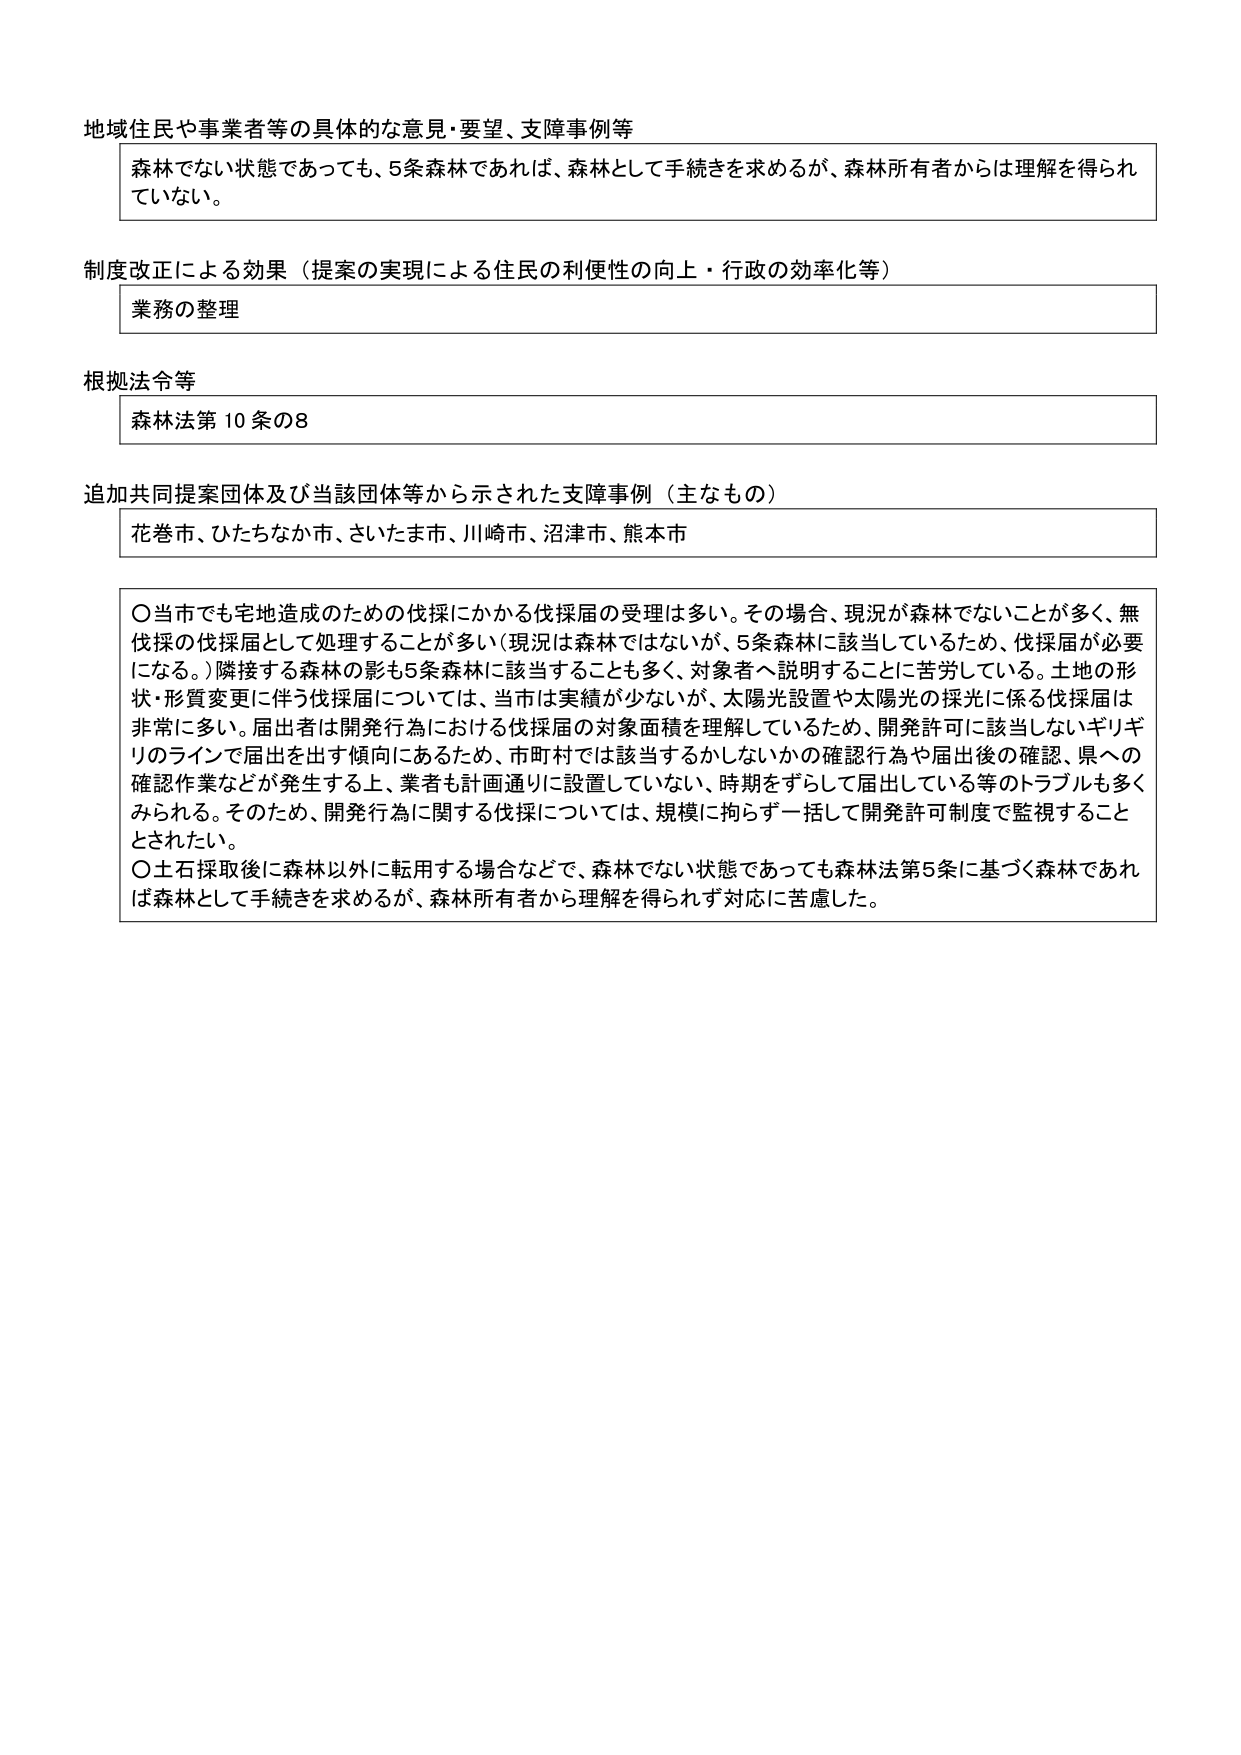
地域住民や事業者等の具体的な意見・要望、支障事例等
森林でない状態であっても、5条森林であれば、森林として手続きを求めるが、森林所有者からは理解を得られていない。

制度改正による効果（提案の実現による住民の利便性の向上・行政の効率化等）
業務の整理

根拠法令等
森林法第10条の8

追加共同提案団体及び当該団体等から示された支障事例（主なもの）
花巻市、ひたちなか市、さいたま市、川崎市、沼津市、熊本市

〇当市でも宅地造成のための伐採にかかる伐採届の受理は多い。その場合、現況が森林でないことが多く、無伐採の伐採届として処理することが多い（現況は森林ではないが、5条森林に該当しているため、伐採届が必要になる。）隣接する森林の影も5条森林に該当することも多く、対象者へ説明することに苦労している。土地の形状・形質変更に伴う伐採届については、当市は実績が少ないが、太陽光設置や太陽光の採光に係る伐採届は非常に多い。届出者は開発行為における伐採届の対象面積を理解しているため、開発許可に該当しないギリギリのラインで届出を出す傾向にあるため、市町村では該当するかしないかの確認行為や届出後の確認、県への確認作業などが発生する上、業者も計画通りに設置していない、時期をずらして届出している等のトラブルも多くみられる。そのため、開発行為に関する伐採については、規模に拘らず一括して開発許可制度で監視することとされたい。
〇土石採取後に森林以外に転用する場合などで、森林でない状態であっても森林法第5条に基づく森林であれば森林として手続きを求めるが、森林所有者から理解を得られず対応に苦慮した。